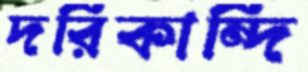
দরিকান্দি